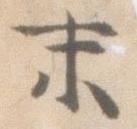
末